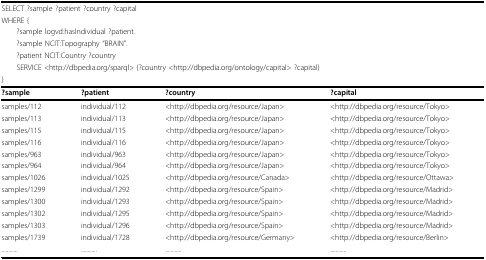
| <COLSPAN=4> SELECT ?sample ?patient ?country ?capital |
 | <COLSPAN=4> WHERE { |
 | <COLSPAN=4> ?sample logvd:hasIndividual ?patient. |
 | <COLSPAN=4> ?sample NCIT:Topography "BRAIN". |
 | <COLSPAN=4> ?patient NCIT:Country ?country |
 | <COLSPAN=4> SERVICE <http://dbpedia.org/sparql> {?country <http://dbpedia.org/ontology/capital> ?capital} |
 | <COLSPAN=4> } |
 | --- | --- | --- | --- |
 | ?sample | ?patient | ?country | ?capital |
 | samples/112 | individual/112 | <http://dbpedia.org/resource/Japan> | <http://dbpedia.org/resource/Tokyo> |
 | samples/113 | individual/113 | <http://dbpedia.org/resource/Japan> | <http://dbpedia.org/resource/Tokyo> |
 | samples/115 | individual/115 | <http://dbpedia.org/resource/Japan> | <http://dbpedia.org/resource/Tokyo> |
 | samples/116 | individual/116 | <http://dbpedia.org/resource/Japan> | <http://dbpedia.org/resource/Tokyo> |
 | samples/963 | individual/963 | <http://dbpedia.org/resource/Japan> | <http://dbpedia.org/resource/Tokyo> |
 | samples/964 | individual/964 | <http://dbpedia.org/resource/Japan> | <http://dbpedia.org/resource/Tokyo> |
 | samples/1026 | individual/1025 | <http://dbpedia.org/resource/Canada> | <http://dbpedia.org/resource/Ottawa> |
 | samples/1299 | individual/1292 | <http://dbpedia.org/resource/Spain> | <http://dbpedia.org/resource/Madrid> |
 | samples/1300 | individual/1293 | <http://dbpedia.org/resource/Spain> | <http://dbpedia.org/resource/Madrid> |
 | samples/1302 | individual/1295 | <http://dbpedia.org/resource/Spain> | <http://dbpedia.org/resource/Madrid> |
 | samples/1303 | individual/1296 | <http://dbpedia.org/resource/Spain> | <http://dbpedia.org/resource/Madrid> |
 | samples/1739 | individual/1728 | <http://dbpedia.org/resource/Germany> | <http://dbpedia.org/resource/Berlin> |
 | ............ | ............ | ............ | ............ |